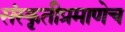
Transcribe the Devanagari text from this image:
संस्कृतीप्रमाणेच